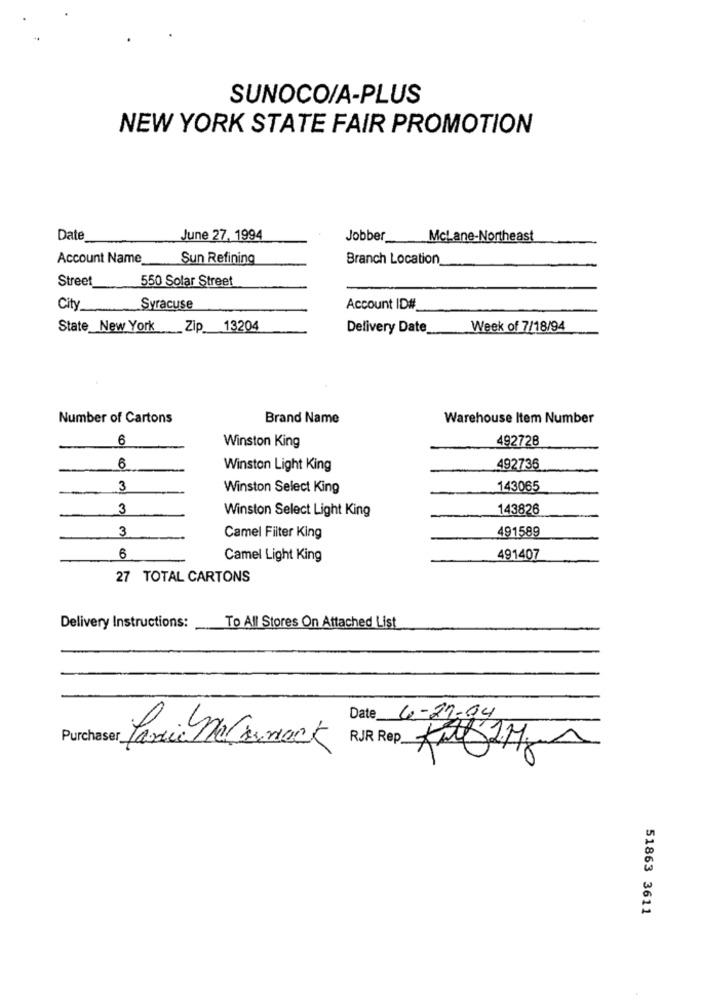
SUNOCO/A-PLUS
NEW YORK STATE FAIR PROMOTION
Date
June 27, 1994
Jobber
McLane-Northeast
Account Name
Sun Refining
Branch Location
550 Solar Street
Street
City
Syracuse
Account ID#_
State_New York Zip 13204
Delivery Date_
Week of 7/18/94
Number of Cartons
Brand Name
Warehouse Item Number
6
Winston King
492728
6
Winston Light King
492736
3
Winston Select King
143065
3
Winston Select Light King
143826
3
491589
Camel Filter King
6
Camel Light King
491407
27 TOTAL CARTONS
Delivery Instructions:
To All Stores On Attached List
4-27-94
Date
Purchaser_
RJR Rep.
51863 3611